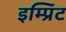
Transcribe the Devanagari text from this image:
इम्‍प्रिंट